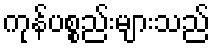
ကုန်ပစ္စည်းများသည်